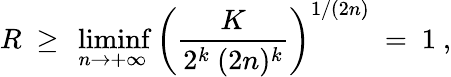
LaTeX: R\ \ge\ \operatorname*{liminf}_{n\to+\infty}\left(\frac K{2^{k}\ (2n)^{k}}\right)^{1/(2n)}\ =\ 1\ ,